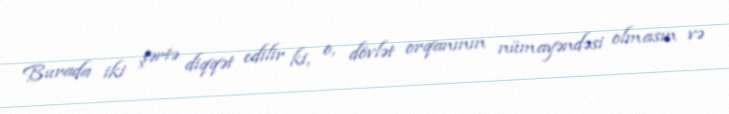
Burada iki şərtə diqqət edilir ki, o, dövlət orqanının nümayəndəsi olmasın və